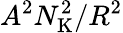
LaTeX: A^{2}N_{\mathrm{K}}^{2}/R^{2}